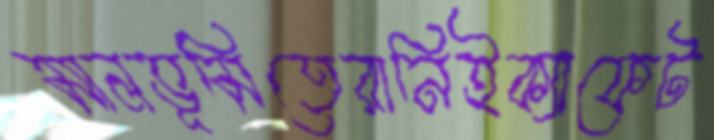
মালভূমিতেরানিইক্যাফেট